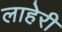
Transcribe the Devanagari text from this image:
लाहेरी